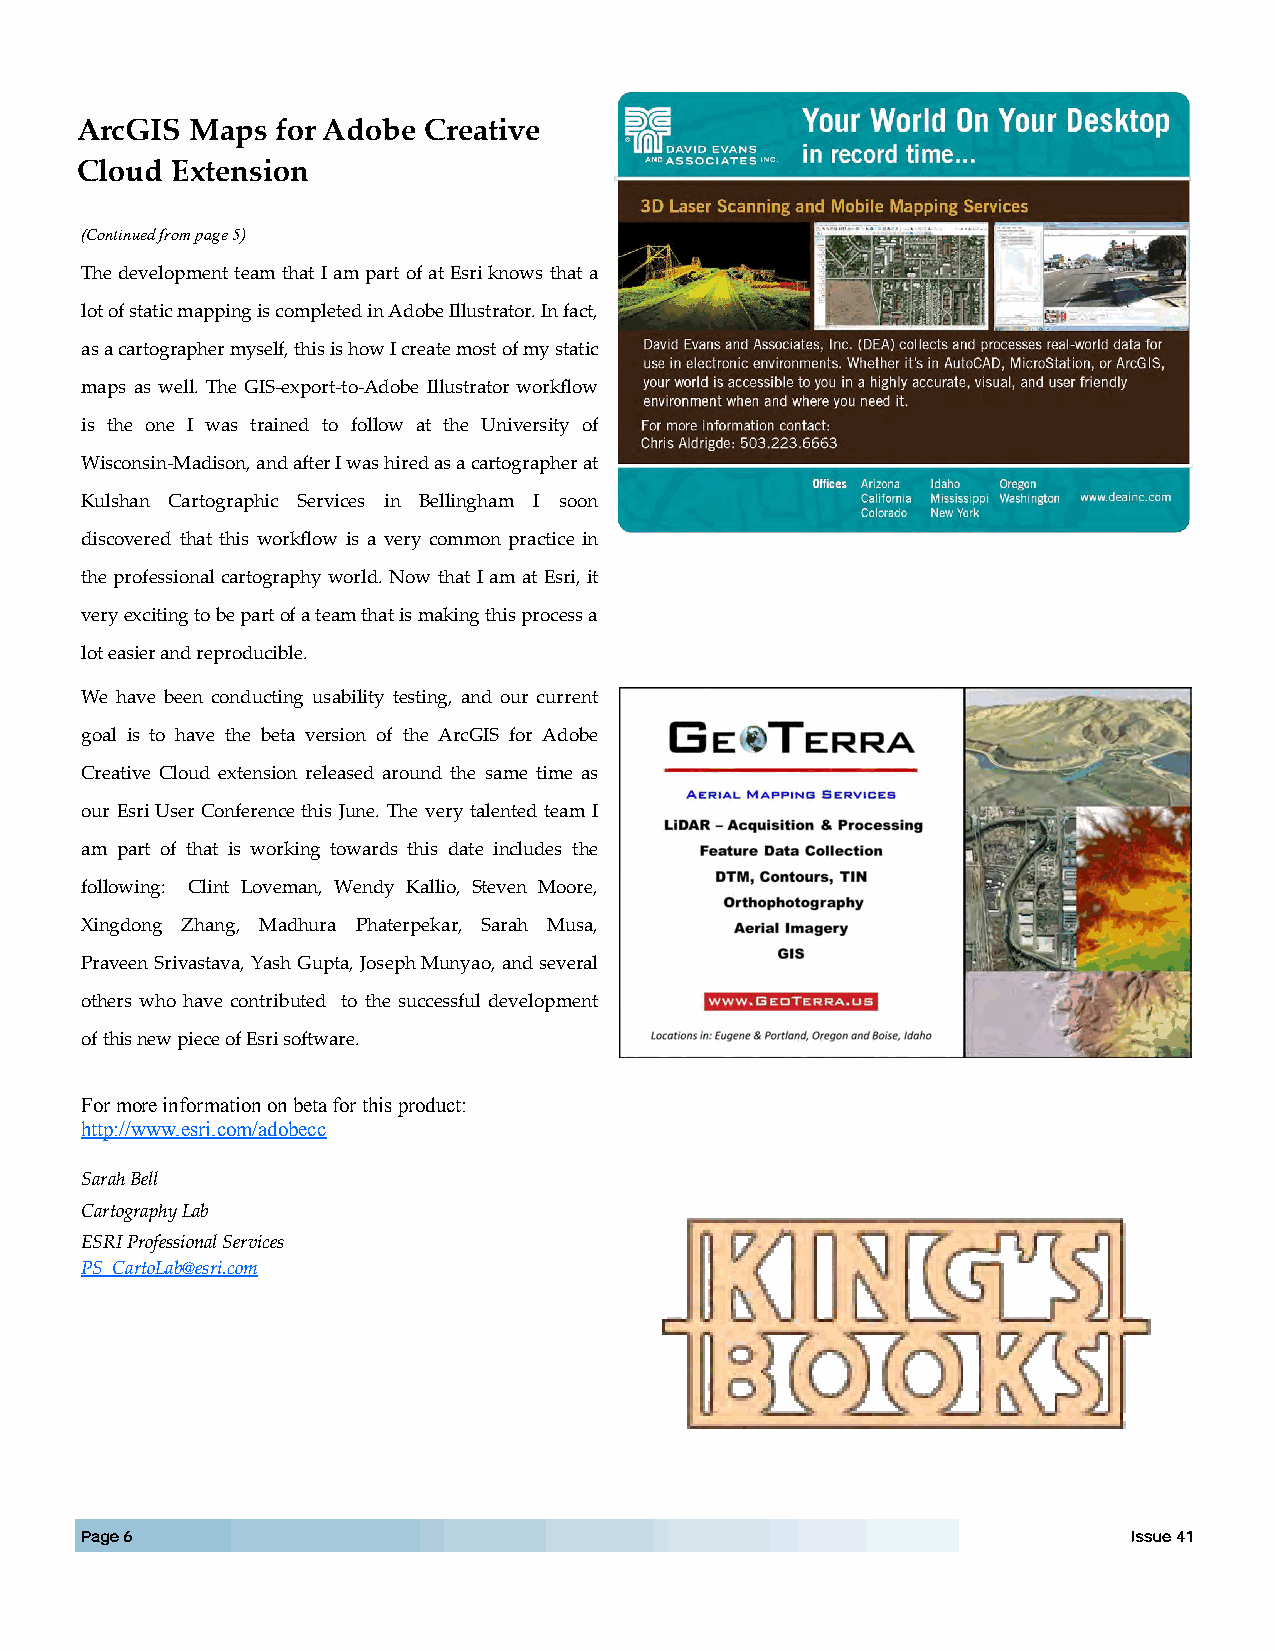
ArcGIS  Maps for Adobe Creative
 Cloud Extension
 (Continued from page 5)
 The development team that I am part of at Esri knows that a
 lot of static mapping is completed in Adobe Illustrator. In fact,
 as a cartographer myself, this is how I create most of my static
 maps as well. The GIS-export-to-Adobe Illustrator workflow
 is the one I was trained to follow at the University of
 Wisconsin-Madison, and after I was hired as a cartographer at
 Kulshan Cartographic Services in Bellingham I soon
 discovered that this workflow is a very common practice in
 the professional cartography world. Now that I am at Esri, it
 very exciting to be part of a team that is making this process a
 lot easier and reproducible.
 We have been conducting usability testing, and our current
 goal is to have the beta version of the ArcGIS for Adobe
 Creative Cloud extension released around the same time as
 our Esri User Conference this June. The very talented team I
 am part of that is working towards this date includes the
 following: Clint Loveman, Wendy Kallio, Steven Moore,
 Xingdong Zhang, Madhura Phaterpekar, Sarah Musa,
 Praveen Srivastava, Yash Gupta, Joseph Munyao, and several
 others who have contributed to the successful development
 of this new piece of Esri software.
 For more information on beta for this product:
 http://www.esri.com/adobecc
 Sarah Bell
 Cartography Lab
 ESRI Professional Services
 PS_CartoLab@esri.com
 Page 6                                                                Issue 41